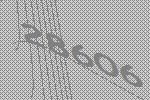
28606